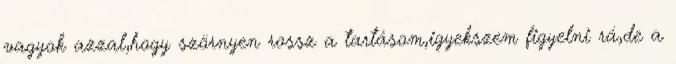
vagyok azzal,hogy szörnyen rossz a tartásom,igyekszem figyelni rá,de a